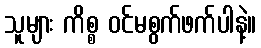
သူများ ကိစ္စ ဝင်မစွက်ဖက်ပါနဲ့။